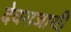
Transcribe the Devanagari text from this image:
देवराजाची